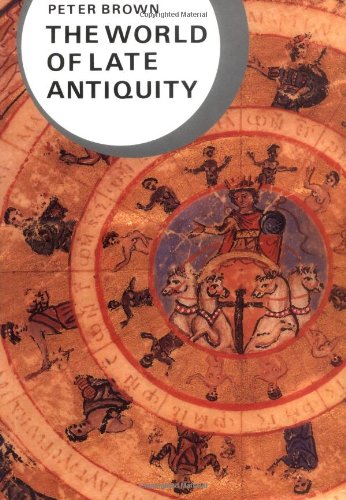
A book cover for The World of Late Antiquity: AD 150-750 (Library of World Civilization); Peter Brown; History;